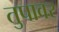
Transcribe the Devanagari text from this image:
तुपावर